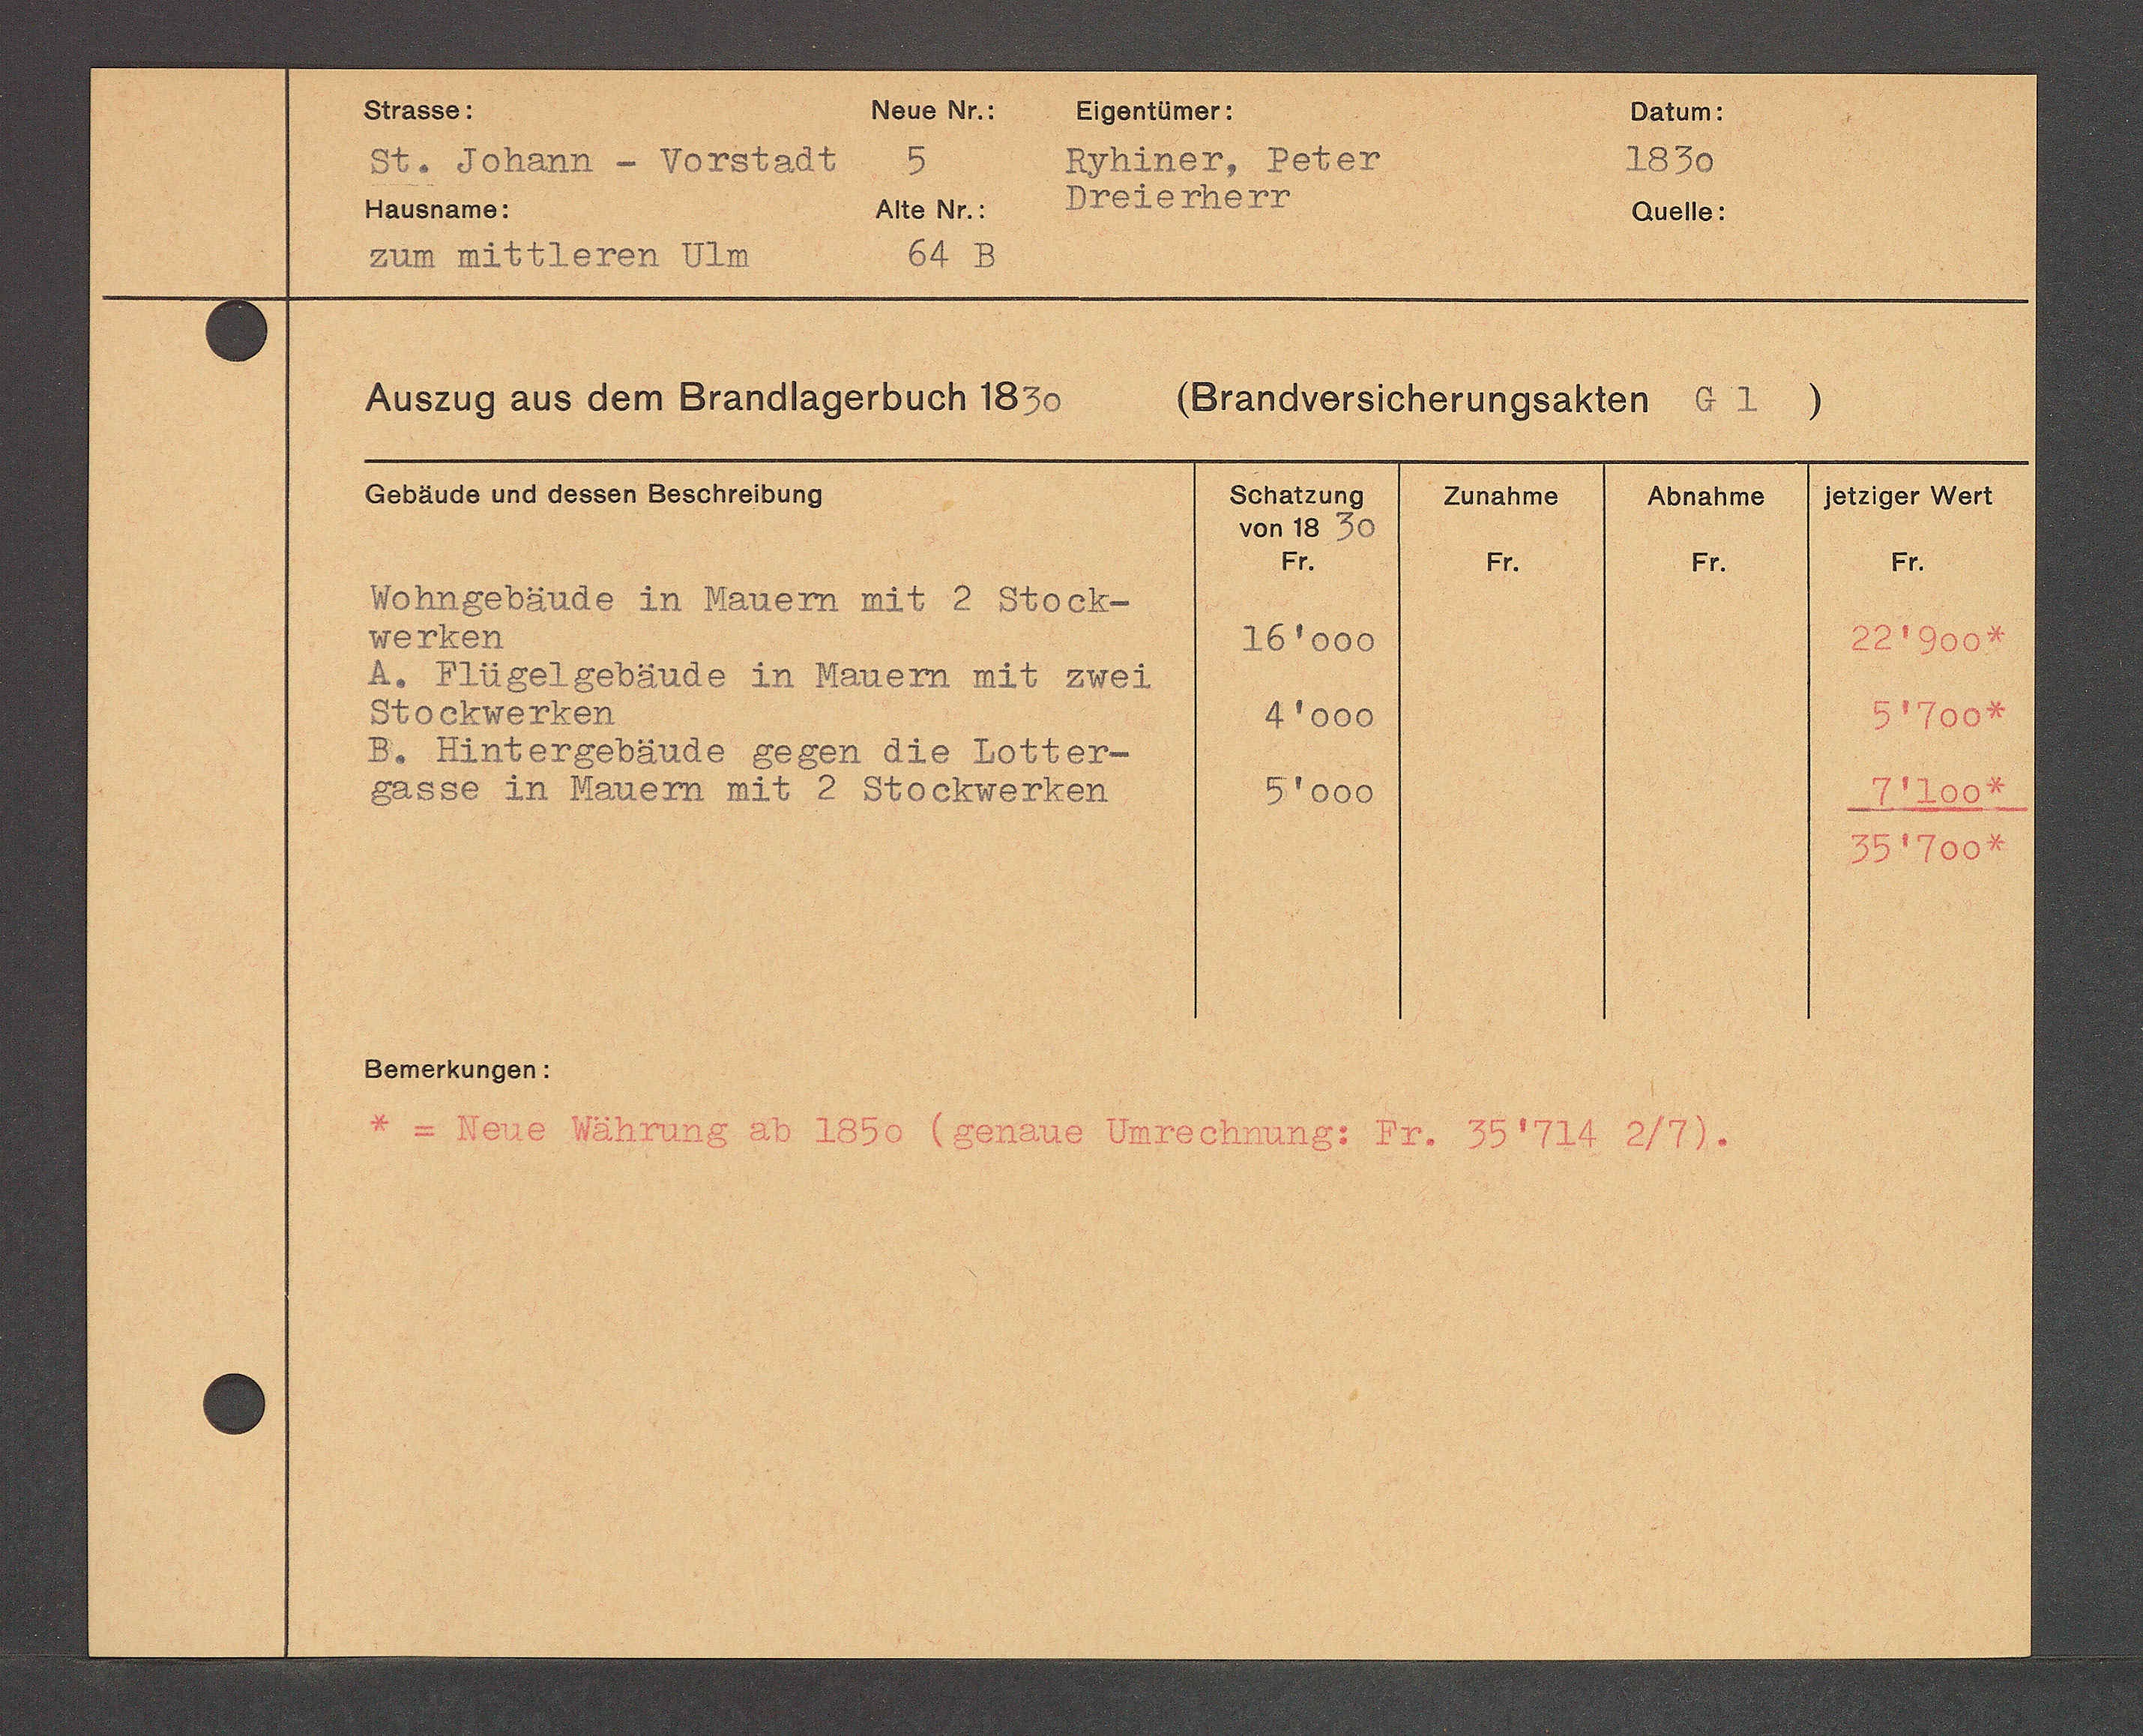
Transcript:
Hohngebäude in Mauen mit 2 Stock¬
16000
a. Fügelgebände in Mauern met zwei
Stochwerken
4000
B Lintergebände gegen die Lotter¬
Gasse in Mauern mit 2 Stochwerken
5000

Fr.

ene Währung ab 1850 (gend.
Varechnung: 57. 351724 2/71.